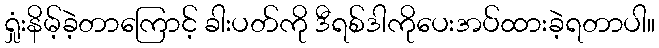
ရှုံးနိမ့်ခဲ့တာကြောင့် ခါးပတ်ကို ဒီရစ်ဒါကိုပေးအပ်ထားခဲ့ရတာပါ။